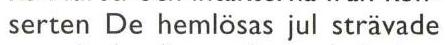
serten De hemlösas jul strävade